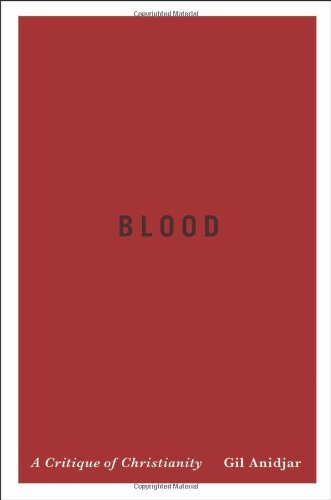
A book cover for Blood: A Critique of Christianity (Religion, Culture, and Public Life); Gil Anidjar; Christian Books & Bibles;